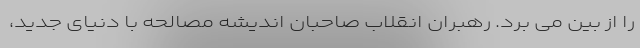
را از بین می برد. رهبران انقلاب صاحبان اندیشه مصالحه با دنیای جدید،